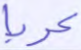
عربا